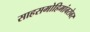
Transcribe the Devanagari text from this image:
साहसमोहिमांबरोबर